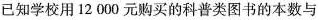
已知学校用12000元购买的科普类图书的本数与